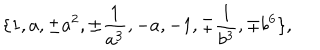
\{ 1 , a , \pm a ^ { 2 } , \pm \frac { 1 } { a ^ { 3 } } , - a , - 1 , \mp \frac { 1 } { b ^ { 3 } } , \mp b ^ { 6 } \} ,